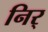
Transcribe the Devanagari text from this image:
निर्